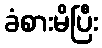
ခံစားမိပြီး